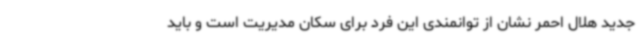
جدید هلال احمر نشان از توانمندی این فرد برای سکان مدیریت است و باید